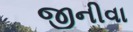
જીનીવા